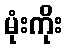
မုံးကိုး